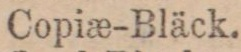
Copiæ-Bläck.